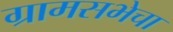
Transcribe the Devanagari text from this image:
ग्रामसभेचा